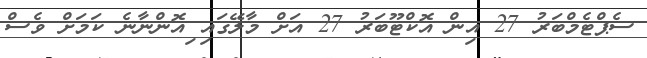
ސެޕްޓެމްބަރު 27 އިން އޮކްޓޫބަރު 27 އަށް މާލޭގައި ިއޮންނާނެ ކަމަށް ވެސް